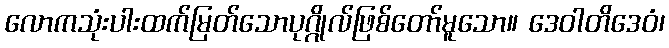
လောကသုံးပါးထက်မြတ်သောပုဂ္ဂိုလ်ဖြစ်တော်မူသော။ ဒေဝါတိဒေဝံ၊